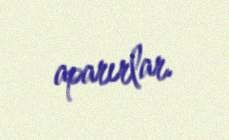
aparırlar.